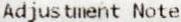
ADJUSTMENT NOTE